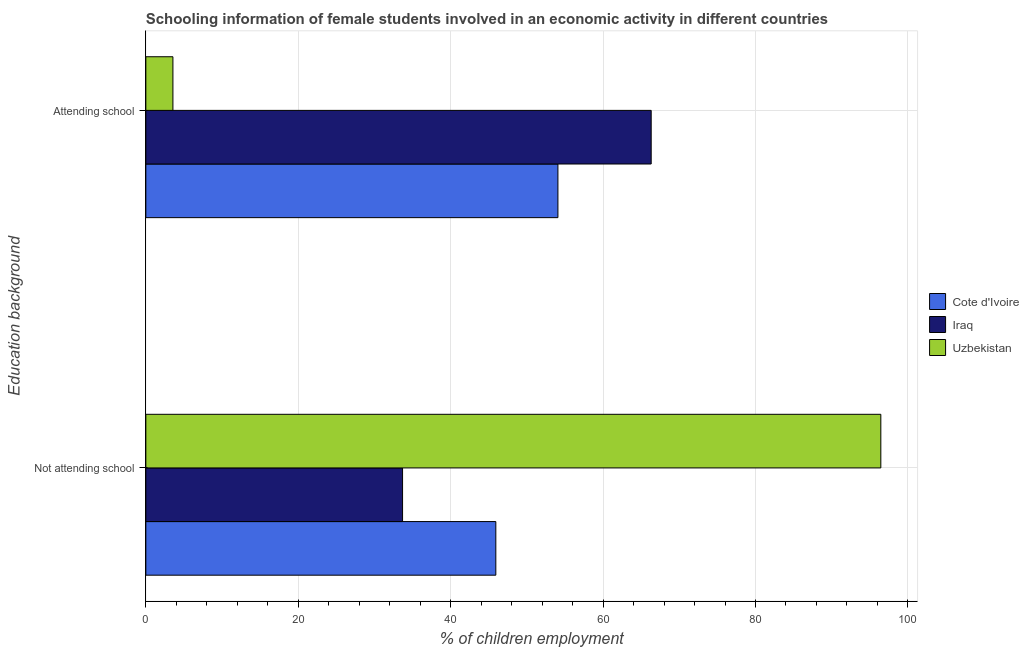
| Education background | Cote d'Ivoire | Iraq | Uzbekistan |
 | --- | --- | --- | --- |
 | Not attending school | 45.9 | 33.7 | 96.4 |
 | Attending school | 54.1 | 66.3 | 3.55 |